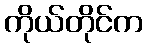
ကိုယ်တိုင်က